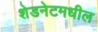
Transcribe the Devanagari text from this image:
शेडनेटमधील